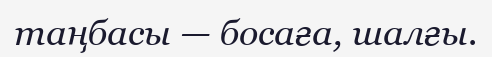
таңбасы — босаға, шалғы.